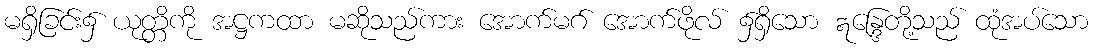
မရှိခြင်း၌ ယုတ္တိကို အဋ္ဌကထာ မဆိုသည်ကား အောက်မဂ် အောက်ဖိုလ် ၌ရှိသော ဣန္ဒြေတို့သည် ထုံအပ်သော